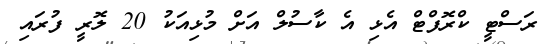
ރަސްޓީ ކްރޮފްޓް އެޅި އެ ކާސުލް އަށް މުޅިއަކު 20 ލޮރީ ފުރައި